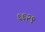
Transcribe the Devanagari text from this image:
६६२९